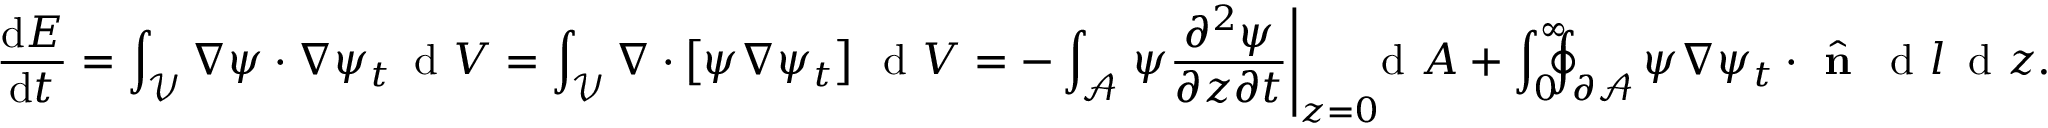
\frac { \mathrm { d } E } { \mathrm { d } t } = \int _ { \mathcal { V } } \nabla \psi \cdot \nabla \psi _ { t } \, \textrm { d } V = \int _ { \mathcal { V } } \nabla \cdot \left[ \psi \nabla \psi _ { t } \right] \, \textrm { d } V = - \int _ { \mathcal { A } } \left. \psi \frac { \partial ^ { 2 } \psi } { \partial z \partial t } \right| _ { z = 0 } \! \! \! \! \, \textrm { d } A + \int _ { 0 } ^ { \infty } \! \! \! \! \oint _ { \partial \mathcal { A } } \psi \nabla \psi _ { t } \cdot \hat { \textbf { n } } \, \textrm { d } l \, \textrm { d } z .